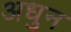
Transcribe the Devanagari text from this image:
अधुन